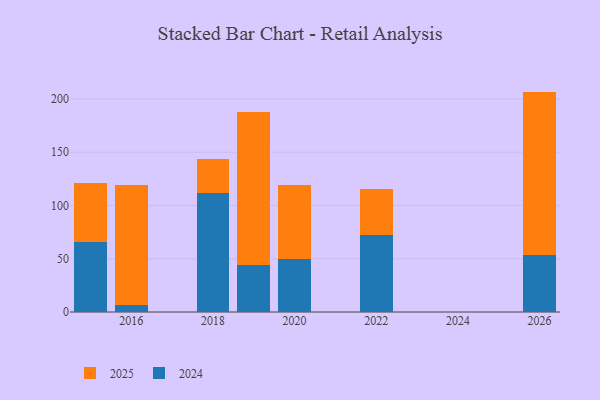
{"axis": {"x": "Year", "y": "Energy Usage (MWh)"}, "legend": ["2024", "2025"], "data": [{"x": "2026", "y": 153.8, "type": "2025"}, {"x": "2026", "y": 53.1, "type": "2024"}, {"x": "2019", "y": 143.2, "type": "2025"}, {"x": "2019", "y": 44.1, "type": "2024"}, {"x": "2015", "y": 55.6, "type": "2025"}, {"x": "2015", "y": 65.4, "type": "2024"}, {"x": "2018", "y": 32.0, "type": "2025"}, {"x": "2018", "y": 112.0, "type": "2024"}, {"x": "2022", "y": 43.7, "type": "2025"}, {"x": "2022", "y": 72.0, "type": "2024"}, {"x": "2016", "y": 112.4, "type": "2025"}, {"x": "2016", "y": 6.9, "type": "2024"}, {"x": "2020", "y": 69.2, "type": "2025"}, {"x": "2020", "y": 49.6, "type": "2024"}]}